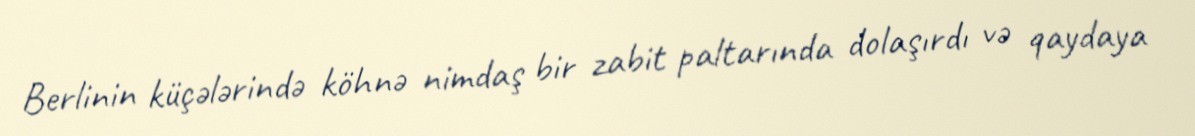
Berlinin küçələrində köhnə nimdaş bir zabit paltarında dolaşırdı və qaydaya